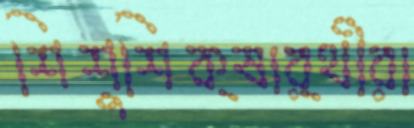
শিশুশিক্ষার্থীরা